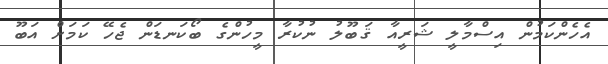
އެހެންކަމުން އިސްމާލީ ޝަރީއާ ޤަބޫލު ނުކުރާ މީހުންގެ ބޯކަނޑަން ޖެހޭ ކަމަށް އަބޫ